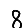
Digit: 8